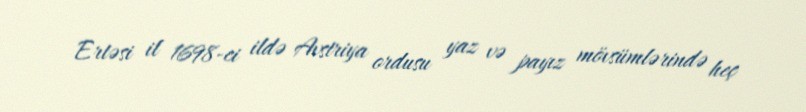
Ertəsi il 1698-ci ildə Avstriya ordusu yaz və payız mövsümlərində heç